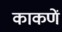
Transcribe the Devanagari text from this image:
काकणें